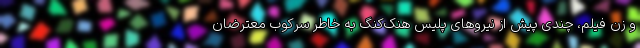
و زنِ فیلم، چندی پیش از نیرو‌های پلیس هنک‌کنگ به خاطر سرکوبِ معترضان